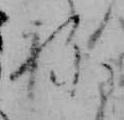
ね